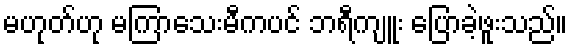
မဟုတ်ဟု မကြာသေးမီကပင် ဘရီကျူး ပြောခဲ့ဖူးသည်။